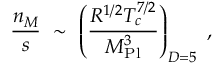
\frac { n _ { M } } { s } ~ \sim ~ \left( \frac { R ^ { 1 / 2 } T _ { c } ^ { 7 / 2 } } { M _ { \mathrm { P l } } ^ { 3 } } \right) _ { D = 5 } ~ ,